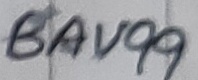
Text: BAV99